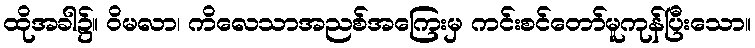
ထိုအခါ၌။ ဝိမလာ၊ ကိလေသာအညစ်အကြေးမှ ကင်းစင်တော်မူကုန်ပြီးသော။